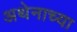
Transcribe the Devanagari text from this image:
अथेनाच्या